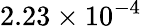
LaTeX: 2.23\times 10^{-4}